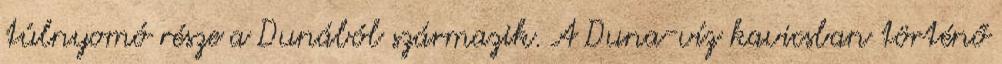
túlnyomó része a Dunából származik. A Duna-víz kavicsban történő